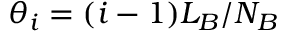
\theta _ { i } = ( i - 1 ) L _ { B } / N _ { B }